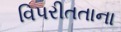
વિપરીતતાના